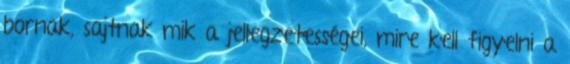
bornak, sajtnak mik a jellegzetességei, mire kell figyelni a